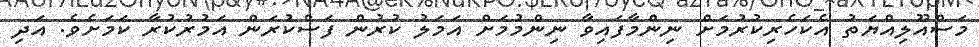
މަސްއޫލިއްޔަތު އެކަހެރިކުރުމަށް ނިންމާފައިވާ ނިންމުމަށް އަމަލު ކުރުން ފަސްކުރަން އަމުރުކުރާ ކަމަށެވެ. އަދި